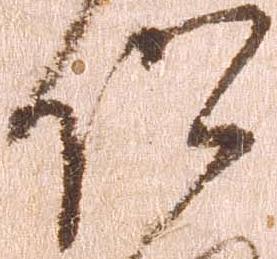
仰